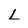
Character: L